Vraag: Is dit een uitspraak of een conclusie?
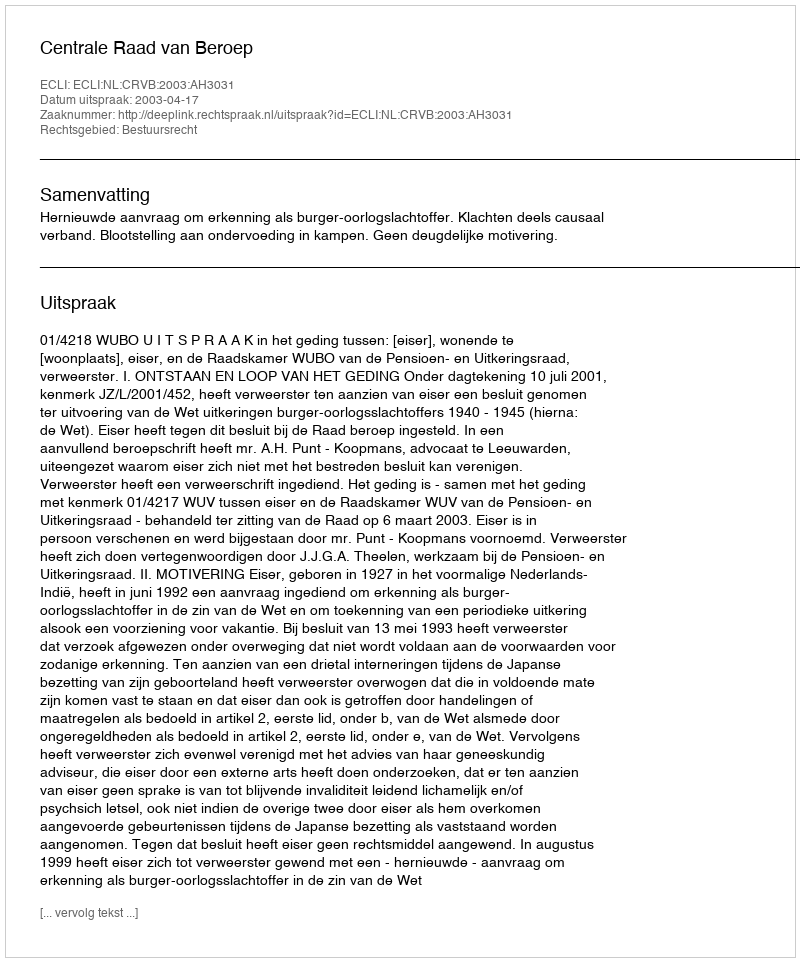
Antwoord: Uitspraak